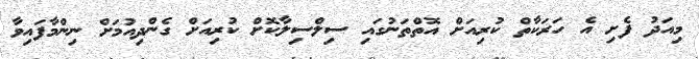
މިއަދު ފެށި އެ ހަރަކާތް ކުރިއަށް އޮތްތަނުގައި ސިލްސިލާކޮށް ކުރިއަށް ގެންދިއުމަށް ނިންމާފައިވާ